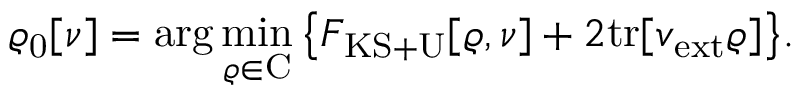
{ \displaystyle \varrho _ { \mathrm { 0 } } [ \nu ] = \arg \operatorname* { m i n } _ { \varrho \in \mathrm { C } } \left\{ { \cal F } _ { \mathrm { K S + U } } [ \varrho , { \nu } ] + 2 \mathrm { t r } [ v _ { \mathrm { e x t } } \varrho ] \right\} } .